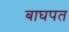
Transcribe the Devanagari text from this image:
बाघपत